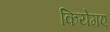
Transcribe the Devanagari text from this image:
कियेगए